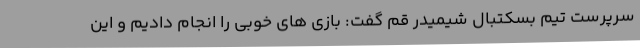
سرپرست تیم بسکتبال شیمیدر قم گفت: بازی های خوبی را انجام دادیم و این